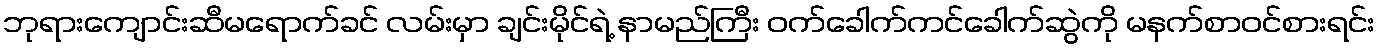
ဘုရားကျောင်းဆီမရောက်ခင် လမ်းမှာ ချင်းမိုင်ရဲ့ နာမည်ကြီး ဝက်ခေါက်ကင်ခေါက်ဆွဲကို မနက်စာဝင်စားရင်း